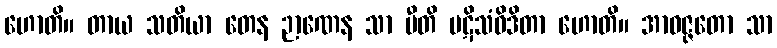
ဟောတိ။ တာယ သတိယာ တေန ဉာဏေန သာ ပီတိ ပဋိသံဝိဒိတာ ဟောတိ။ အာဝဇ္ဇတော သာ